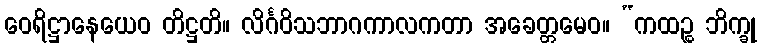
ဝေရိဋ္ဌာနေယေဝ တိဋ္ဌတိ။ လိင်္ဂဝိသဘာဂကာလကတာ အခေတ္တမေဝ။ “ကထဉ္စ ဘိက္ခု